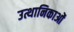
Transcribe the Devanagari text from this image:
उत्थानिकाओं